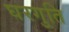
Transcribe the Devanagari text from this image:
घरगुति